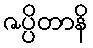
ဇပ္ပိတာနိ